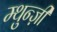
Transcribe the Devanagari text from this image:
म्थुन्ज़ी